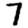
Digit: 7